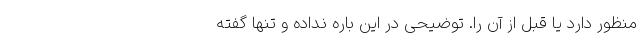
منظور دارد یا قبل از آن را. توضیحی در این باره نداده و تنها گفته